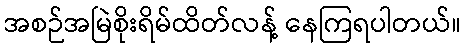
အစဉ်အမြဲစိုးရိမ်ထိတ်လန့် နေကြရပါတယ်။